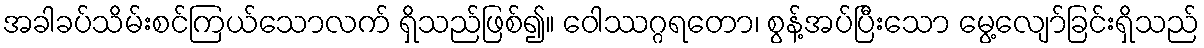
အခါခပ်သိမ်းစင်ကြယ်သောလက် ရှိသည်ဖြစ်၍။ ဝေါဿဂ္ဂရတော၊ စွန့်အပ်ပြီးသော မွေ့လျော်ခြင်းရှိသည်